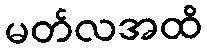
မတ်လအထိ